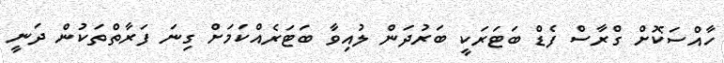
ހާއްސަކޮށް ގްރާސް ފެޑް ބަޓަރަކީ ބަރުދަން ލުއިވާ ބަޓަރެއްކަމަށް ގިނަ ފަރާތްތަކުން ދަނީ